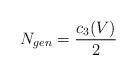
LaTeX: \begin{align*}N_{gen}=\frac{c_{3}(V)}{2}\end{align*}